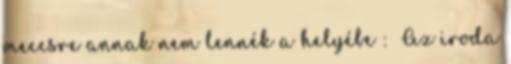
meccsre annak nem lennék a helyébe : Az iroda